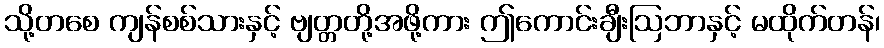
သို့တစေ ကျန်စစ်သားနှင့် ဗျတ္တတို့အဖို့ကား ဤကောင်းချီးဩဘာနှင့် မထိုက်တန်၊